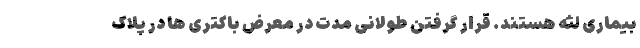
بیماری لثه هستند. قرار گرفتن طولانی مدت در معرض باکتری ها در پلاک